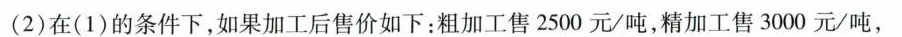
(2)在(1)的条件下，如果加工后售价如下：粗加工售2500元/吨，精加工售3000元/吨，